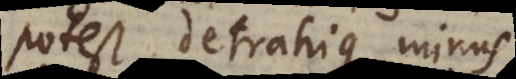
potest, detrahique minus